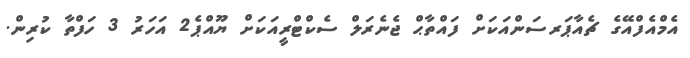
އެމްއެފްއޭގެ ޗެއާޕަރސަންއަކަށް ފައްތާޙް ޖެނެރަލް ސެކްޓްރީއަކަށް ޔޫއްޕެ2 އަހަރު 3 ހަފްތާ ކުރިން.